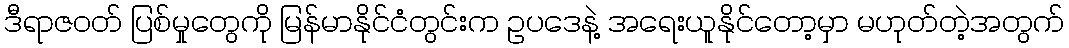
ဒီရာဇဝတ် ပြစ်မှုတွေကို မြန်မာနိုင်ငံတွင်းက ဥပဒေနဲ့ အရေးယူနိုင်တော့မှာ မဟုတ်တဲ့အတွက်